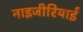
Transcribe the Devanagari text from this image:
नाइजीरियाईं